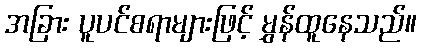
အခြား ပူပင်စရာများဖြင့် မွှန်ထူနေသည်။